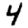
Digit: 4